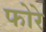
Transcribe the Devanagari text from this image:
फोरे